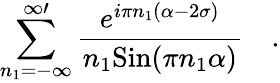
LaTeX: \sum_{n_{1}=-\infty}^{\infty\prime}{\frac{e^{i\pi n_{1}(\alpha-2\sigma)}}{n_{1}\mathrm{Sin}(\pi n_{1}\alpha)}}\quad.